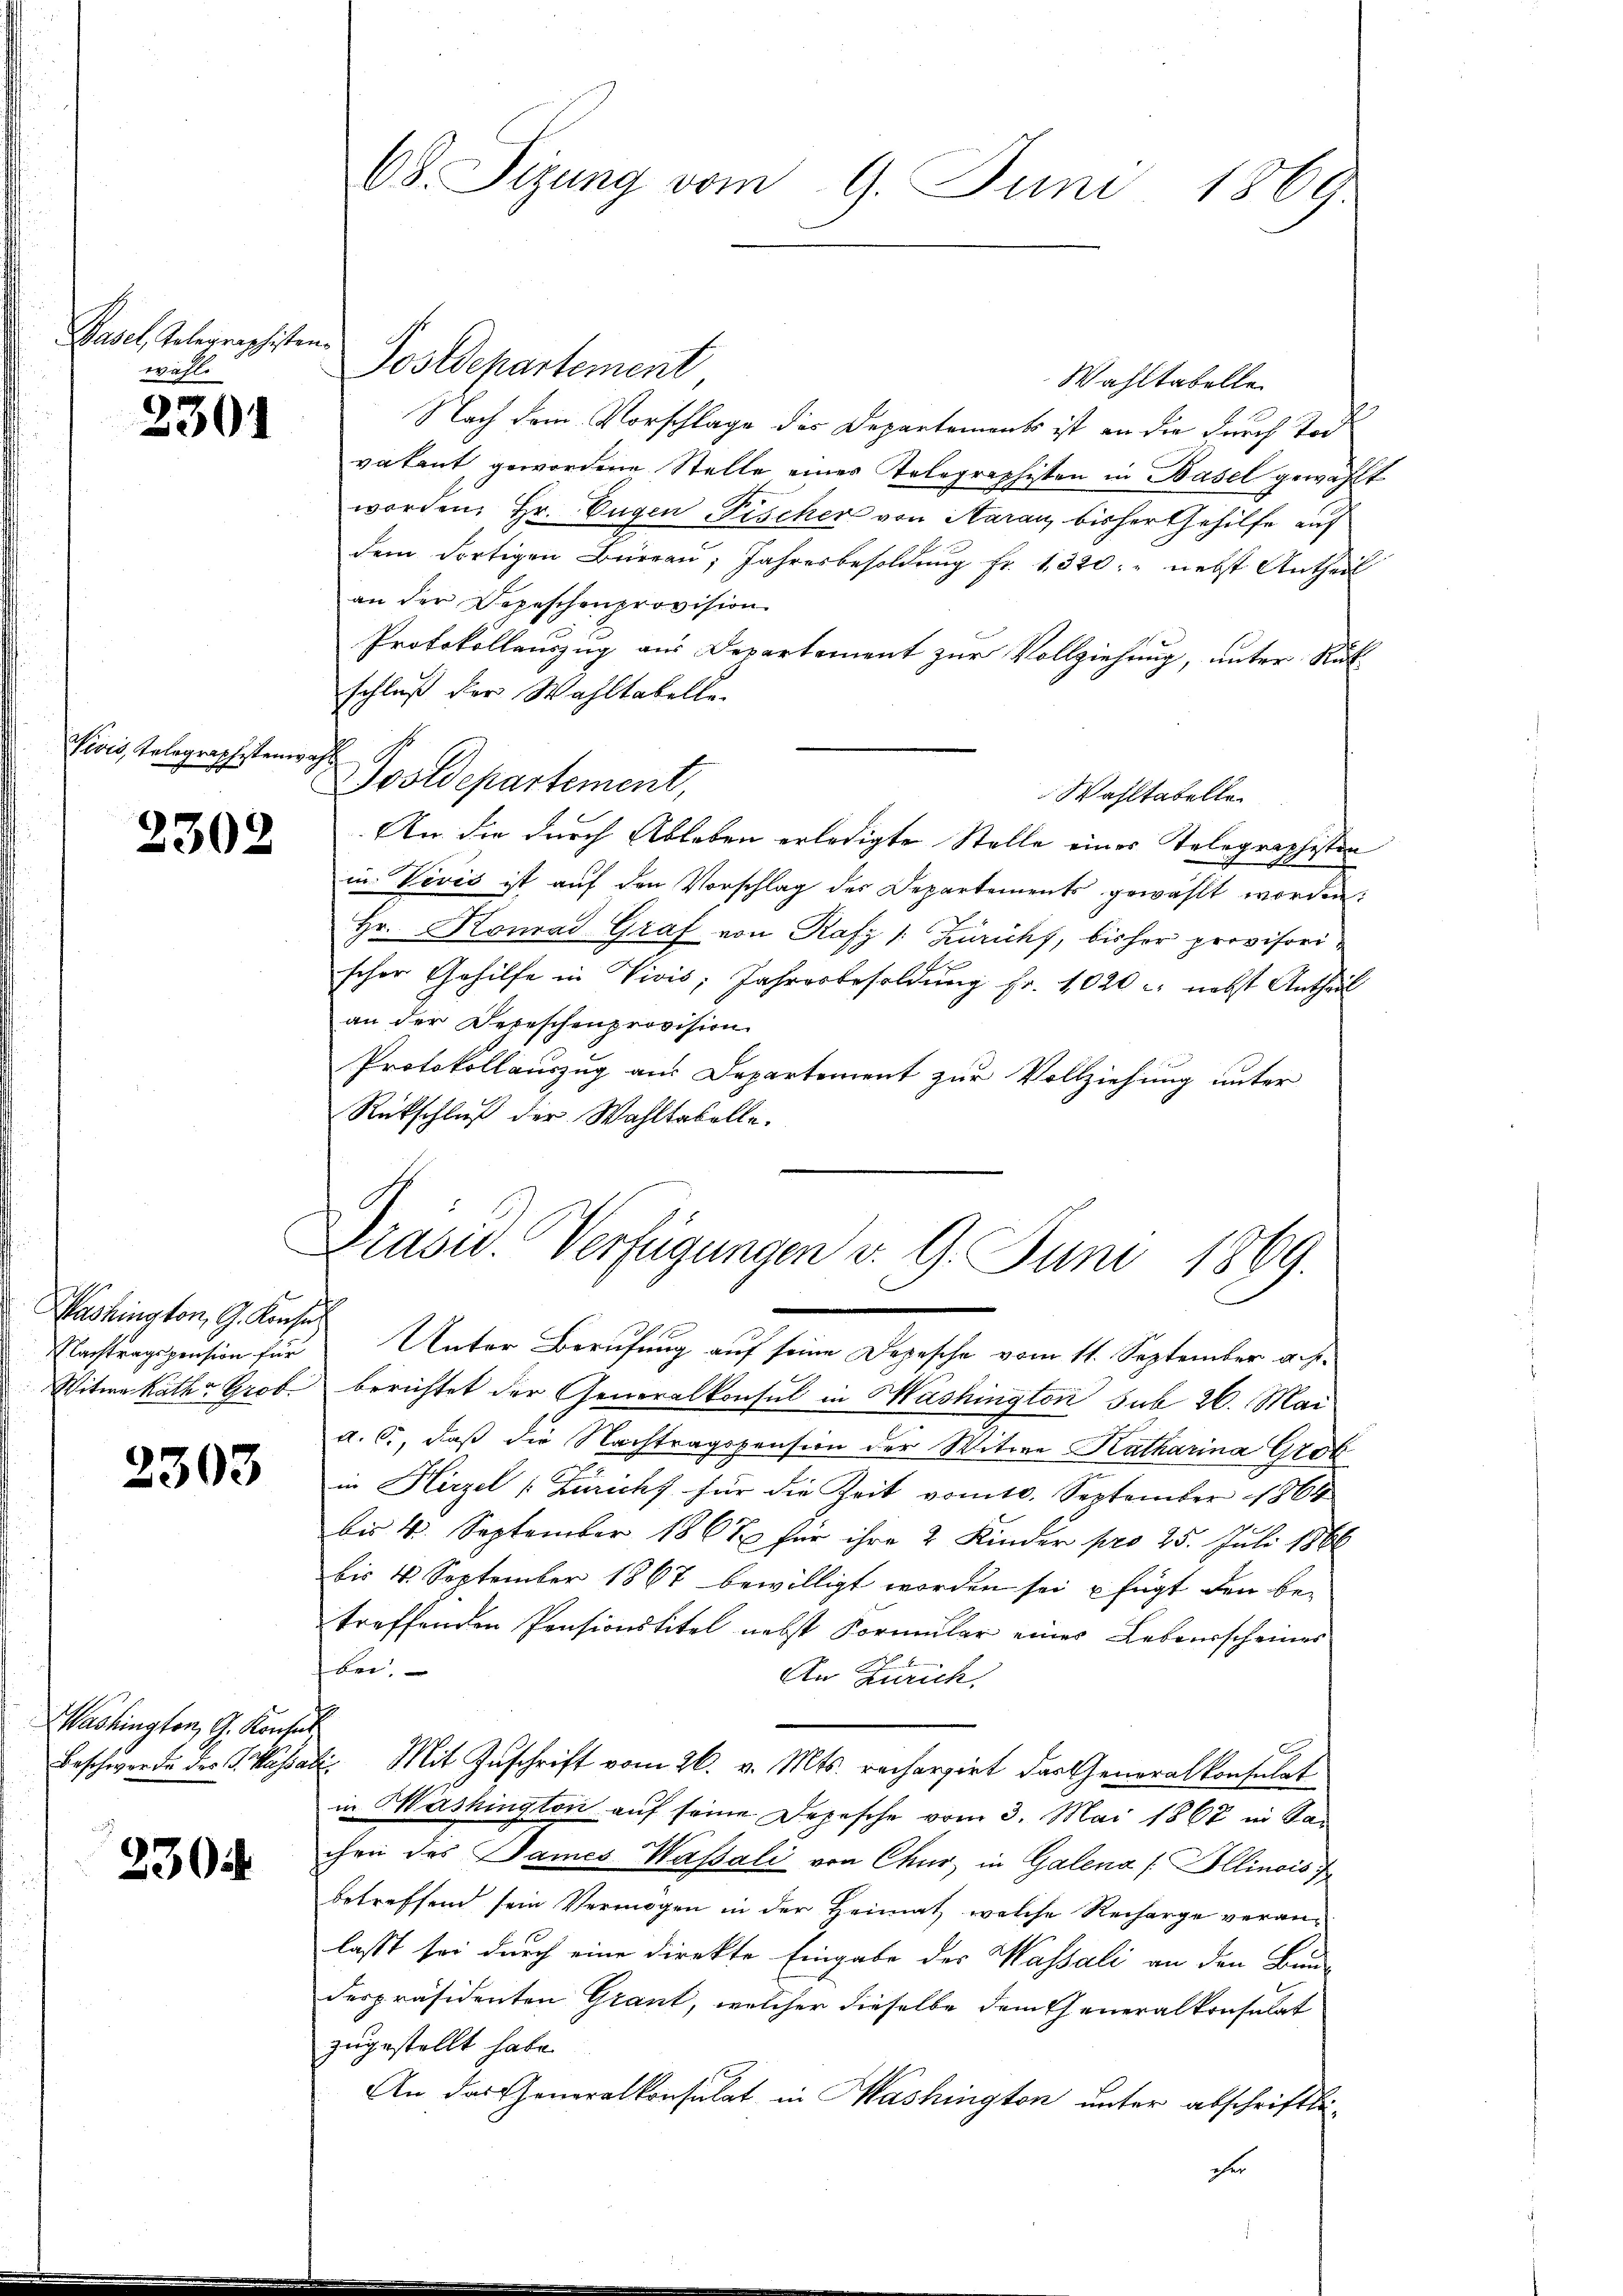
Basel, Telegraphisten.
wahl.

2301

2302

Washington, G. Konsul
Witwe Rath Grob.

2303

Washington G. Konsul

230.

Postdchartement
Wahltabelle
Nach dem Vorschlage des Departements ist an die durch Tod
vatent gewordene Stelle eines Telegraphisten in Basel gewählt
worden, Hr. Eugen Fischer von Aarau, bisher Gehilfe auf
dem dortigen Büreau, Jahresbesoldŭng fr. 1320: " nebst Antheil
an der Depeschenprovision.
Protokollauszug aus Departement zur Vollziehung, unter Rück-
schluß der Wahltabelle
iis, Telegraphsten Postdepartement,
Wahltabelle
An die durch Ableben erledigte Stelle eines Telegraphisten
in Vević ist aŭf den Vorschlag des Departements gewählt worden:
Hr. Konrad Graf von Rafz /: Zuricht, bisher provisorischer Gehilfe in Vivis; Jahresbesoldŭng fr. 1020 - nebst Antheil
an der Depeschenprovision
Protokollauszug aus Departement zur Vollziehung unter
Rückschluß der Wahltabelle.
Prasis. Verfügungen v. 9. Juni 1869.
Nachtragspension für Unter Berufung auf seine Depesche vom 11. September a. p.
berichtet der Generalkonsul in Washington sub 26. Mai
a. c., daß die Nachtragspension der Witwe Katharina Grob
in Hirzel (Züricht für die Zeit vom 10. September 1864
bis 4. September 1867 für ihre 2 Kinder pro 25. Juli 1866
bis 4. September 1867 bewilligt worden sei u fügt den betreffenden Pensionstitel nebst Formular eines Lebensscheines
bei.
An Zürich.
Beschwerde des G. Kassali. Mit Zuschrift vom 26. v. Mts. rechargirt das Generalkonsulat
in Washington auf seine Depesche vom 3. Mai 1867 in San
chen des Dames Wassali von Chur, in Galena / Illinois
betreffend sein Vermögen in der Heimat, welche Recharge veranlasst sei durch eine direkte Eingabe des Wassali an den Bauderpräsidenten Grant, welcher dieselbe dem Generalkonsulat
zugestellt habe.
An das Generalkonsulat in Washington unter abschriftlioher

68. Sizung vom 9. Juni 1869.